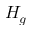
H _ { g }